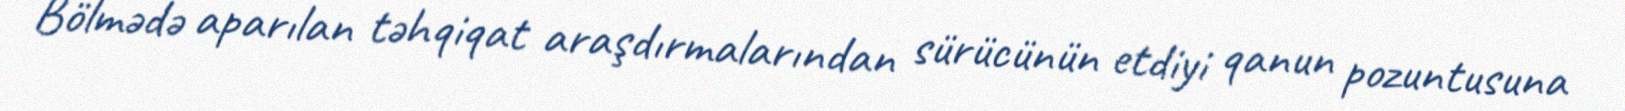
Bölmədə aparılan təhqiqat araşdırmalarından sürücünün etdiyi qanun pozuntusuna